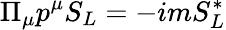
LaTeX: \Pi_{\mu}p^{\mu}S_{L}=-imS_{L}^{*}